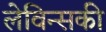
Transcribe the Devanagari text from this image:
लेविन्सकी